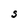
Character: S